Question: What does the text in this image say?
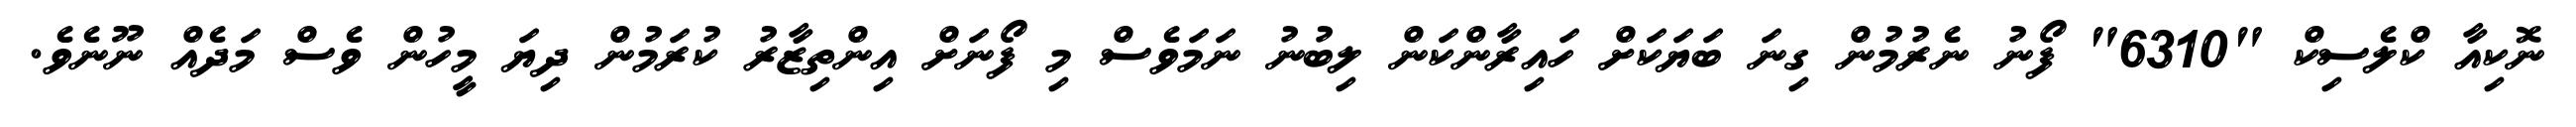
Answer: ނޮކިއާ ކްލެސިކް "6310" ފޯނު ނެރުމުން ގިނަ ބަޔަކަށް ހައިރާންކަން ލިބުނު ނަމަވެސް މި ފޯނަށް އިންތިޒާރު ކުރަމުން ދިޔަ މީހުން ވެސް މަދެއް ނޫނެވެ.